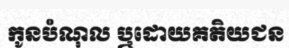
កូនបំណុល ឬដោយគតិយជន